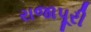
રાજાપૂરી